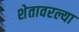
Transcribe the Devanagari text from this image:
शेतावरल्या